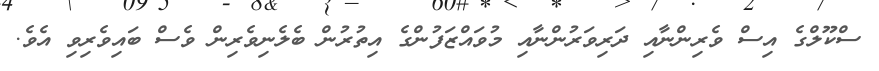
ސްކޫލްގެ އިސް ވެރިންނާއި ދަރިވަރުންނާއި މުވައްޒަފުންގެ އިތުރުން ބެލެނިވެރިން ވެސް ބައިވެރިވި އެވެ.